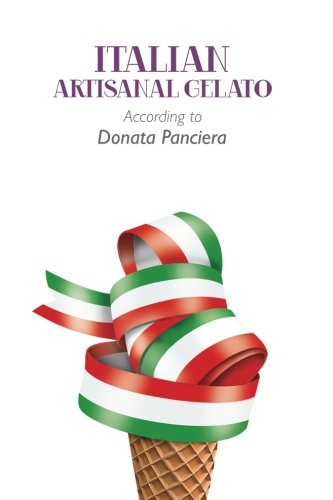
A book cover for Italian Artisanal Gelato According to Donata Panciera; Donata Panciera; Cookbooks, Food & Wine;